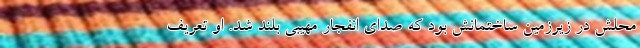
محلش در زیرزمین ساختمانش بود که صدای انفجار مهیبی بلند شد. او تعریف